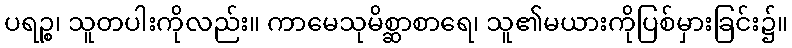
ပရဉ္စ၊ သူတပါးကိုလည်း။ ကာမေသုမိစ္ဆာစာရေ၊ သူ၏မယားကိုပြစ်မှားခြင်း၌။